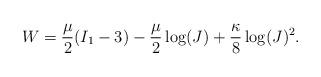
LaTeX: \begin{align*}W=\frac{\mu}{2}(I_1-3)-\frac{\mu}{2}\log (J)+\frac{\kappa}{8}\log (J)^2.\end{align*}